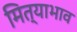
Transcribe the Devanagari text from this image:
मित्याभाव